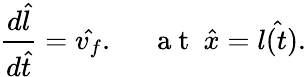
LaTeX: \frac{d\hat{l}}{d\hat{t}}=\hat{v_{f}}.~~~~~\mathrm{~a~t~}~\hat{x}=\hat{l(t)}.